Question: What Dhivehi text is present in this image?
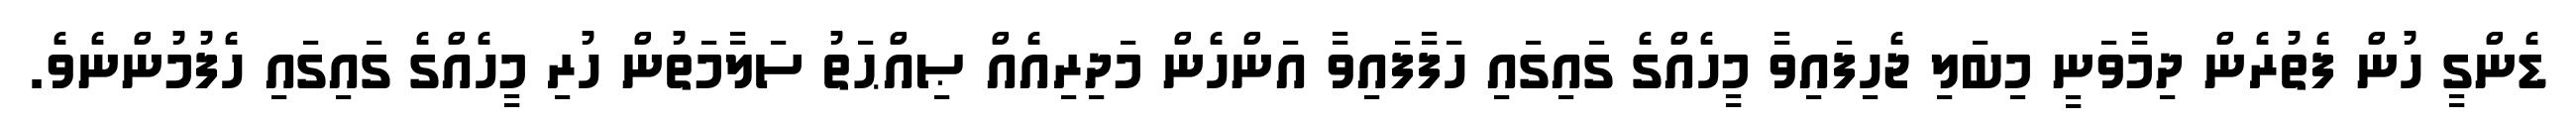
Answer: ޑެންގީ ހުން ފެތުރެން ދިމާވަނީ މިބަލި ޖެހިފައިވާ މީހެއްގެ ގައިގައި ހަފާފައިވާ އަންހެން މަދިރިއެއް ޞިއްޙަތު ސަލާމަތުން ހުރި މީހެއްގެ ގައިގައި ހެފުމުންނެވެ.